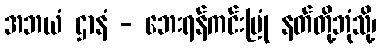
အဘယံ ဌာနံ - ဘေးရန်ကင်းမြုံ နတ်တို့ဘုံသို့၊